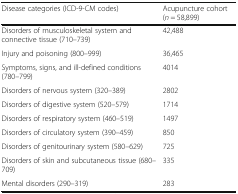
| Disease categories (ICD-9-CM codes) | Acupuncture cohort (n = 58,899) |
 | --- | --- |
 | Disorders of musculoskeletal system and connective tissue (710–739) | 42,488 |
 | Injury and poisoning (800–999) | 36,465 |
 | Symptoms, signs, and ill-defined conditions (780–799) | 4014 |
 | Disorders of nervous system (320–389) | 2802 |
 | Disorders of digestive system (520–579) | 1714 |
 | Disorders of respiratory system (460–519) | 1497 |
 | Disorders of circulatory system (390–459) | 850 |
 | Disorders of genitourinary system (580–629) | 725 |
 | Disorders of skin and subcutaneous tissue (680–709) | 335 |
 | Mental disorders (290–319) | 283 |